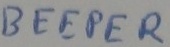
Text: BEEPER